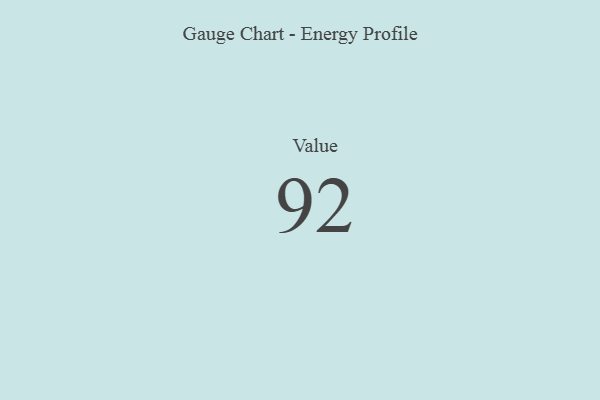
{"axis": {"x": "Metric", "y": "Value"}, "legend": [""], "data": [{"x": "Value", "y": 92, "type": ""}]}